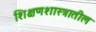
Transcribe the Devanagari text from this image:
शिक्षणशास्त्रातील